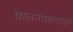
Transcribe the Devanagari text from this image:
चालनवलनातून